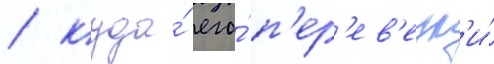
/ куда́ его́ п'ер'ев'езл'и́